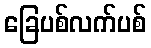
ခြေပစ်လက်ပစ်